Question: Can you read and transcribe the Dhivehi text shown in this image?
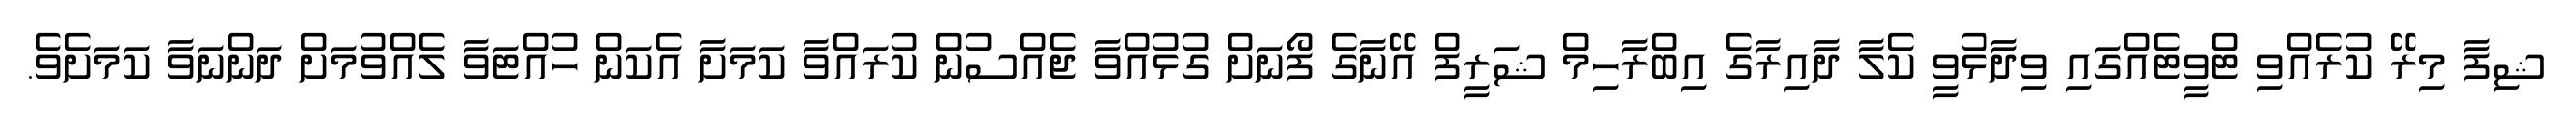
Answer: ޝިފާ މިރޭ ކުރެއްވި ޓްވީޓެއްގައި ވިދާޅުވީ ކެލާ ދާއިރާގެ އިބްރާހިމް ޝަރީފް އޭނާގެ ފޯނަށް ގުޅުއްވާ ޖެއްސުން ކުރައްވާ ކަމަށާ އެކަން ހުއްޓަވާ ލެއްވުމަށް ދަންނަވާ ކަމަށެވެ.